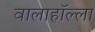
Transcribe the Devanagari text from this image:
वालाहाॅल्ला